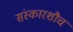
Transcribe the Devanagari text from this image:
संस्कारशौच